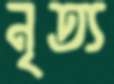
নৃত্য